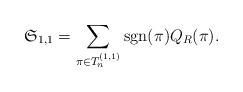
LaTeX: \begin{align*} \mathfrak{S}_{1,1} = \sum_{\pi \in T_n^{(1,1)}} \mathrm{sgn}(\pi) Q_R(\pi).\end{align*}